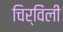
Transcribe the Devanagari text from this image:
चिर्विंली